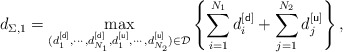
\begin{align*}d_{\Sigma,1}=\max_{(d^{[{\sf d}]}_1,\cdots,d_{N_1}^{[{\sf d}]},d^{[{\sf u}]}_1,\cdots,d_{N_2}^{[{\sf u}]})\in\mathcal{D}}\left\{\sum_{i=1}^{N_1}d_i^{[{\sf d}]}+\sum_{j=1}^{N_2}d_j^{[{\sf u}]}\right\},\end{align*}